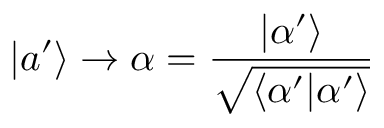
| a ^ { \prime } \rangle \to \alpha = { \frac { | \alpha ^ { \prime } \rangle } { \sqrt { \langle \alpha ^ { \prime } | \alpha ^ { \prime } \rangle } } }